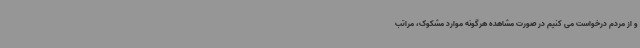
و از مردم درخواست می کنیم در صورت مشاهده هرگونه موارد مشکوک، مراتب